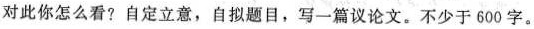
对此你怎么看?自定立意，自拟题目，写一篇议论文。不少于600字。